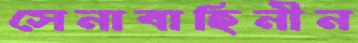
সেনাবাহিনীন